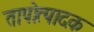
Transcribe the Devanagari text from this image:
तापोत्पादक